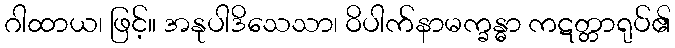
ဂါထာယ၊ ဖြင့်။ အနုပါဒိသေသာ၊ ဝိပါက်နာမက္ခန္ဓာ ကဋတ္တာရုပ်၏